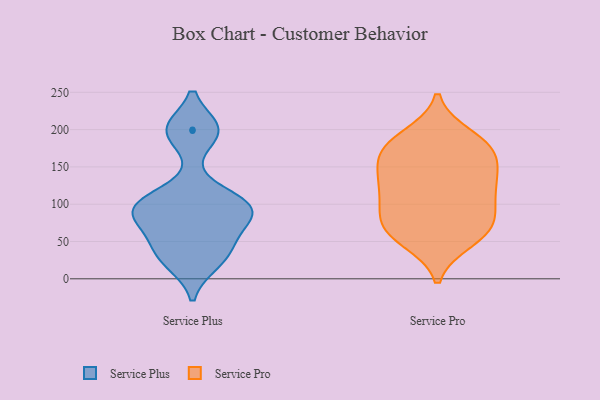
{"axis": {"x": "Tickets Resolved", "y": "Value"}, "legend": ["Service Plus", "Service Pro"], "data": [{"x": "", "y": 54, "type": "Service Plus"}, {"x": "", "y": 198, "type": "Service Plus"}, {"x": "", "y": 28, "type": "Service Plus"}, {"x": "", "y": 200, "type": "Service Plus"}, {"x": "", "y": 98, "type": "Service Plus"}, {"x": "", "y": 22, "type": "Service Plus"}, {"x": "", "y": 199, "type": "Service Plus"}, {"x": "", "y": 70, "type": "Service Plus"}, {"x": "", "y": 90, "type": "Service Plus"}, {"x": "", "y": 87, "type": "Service Plus"}, {"x": "", "y": 99, "type": "Service Plus"}, {"x": "", "y": 109, "type": "Service Plus"}, {"x": "", "y": 96, "type": "Service Plus"}, {"x": "", "y": 37, "type": "Service Plus"}, {"x": "", "y": 51, "type": "Service Pro"}, {"x": "", "y": 167, "type": "Service Pro"}, {"x": "", "y": 125, "type": "Service Pro"}, {"x": "", "y": 138, "type": "Service Pro"}, {"x": "", "y": 95, "type": "Service Pro"}, {"x": "", "y": 134, "type": "Service Pro"}, {"x": "", "y": 178, "type": "Service Pro"}, {"x": "", "y": 125, "type": "Service Pro"}, {"x": "", "y": 72, "type": "Service Pro"}, {"x": "", "y": 87, "type": "Service Pro"}, {"x": "", "y": 191, "type": "Service Pro"}, {"x": "", "y": 110, "type": "Service Pro"}, {"x": "", "y": 162, "type": "Service Pro"}, {"x": "", "y": 56, "type": "Service Pro"}, {"x": "", "y": 171, "type": "Service Pro"}, {"x": "", "y": 63, "type": "Service Pro"}, {"x": "", "y": 72, "type": "Service Pro"}, {"x": "", "y": 184, "type": "Service Pro"}]}